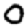
Digit: 0